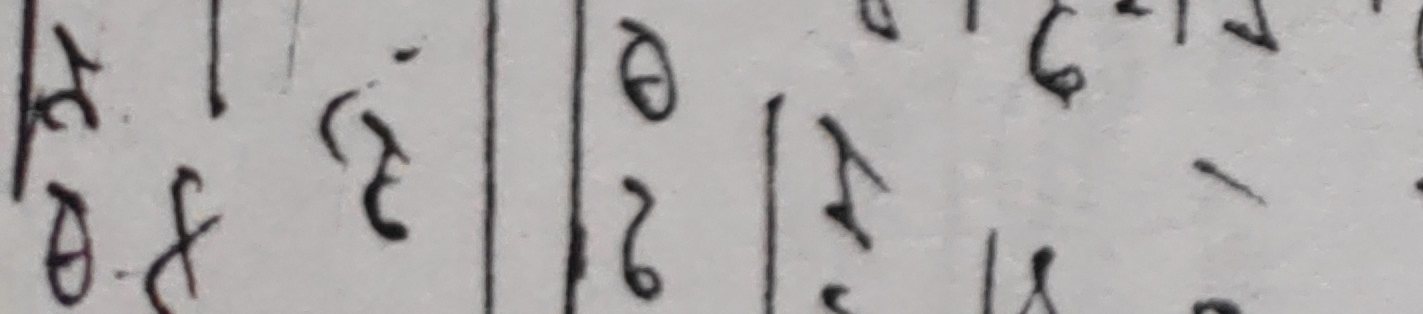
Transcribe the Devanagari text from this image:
अ १
ठ ई
० १
२ ३
४ ५
६ ७
८ ९